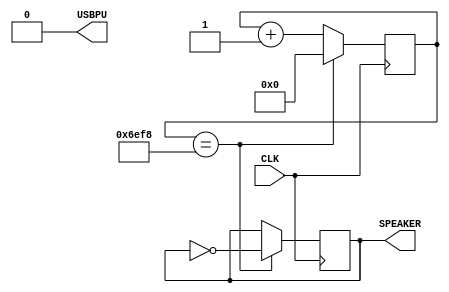
module music (
    input CLK,    // 16MHz clock
    output USBPU,  // USB pull-up resistor
    output SPEAKER   // use beep, // output PIN_1
);
    // drive USB pull-up resistor to '0' to disable USB
    assign USBPU = 0;

    // first create a 16bit binary counter
    reg[14:0] counter;
    always @(posedge CLK) begin
        if(counter==28408) begin
            counter <= 0;
        end
        else begin
            counter <= counter+1;
        end
    end

    // tinyFPGA BX is 16MHz, so build 16MHz clocked 16bit free running counter
    // 16000000/65536 = 244Hz
    // and use the most significant bit(MSB) of the counter to drive the SPEAKER
    reg SPEAKER;
    always @(posedge CLK) begin
        if(counter==28408) begin
            SPEAKER <= ~SPEAKER;
        end
    end
    // assign SPEAKER = counter[15];
endmodule